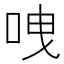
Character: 㖂